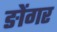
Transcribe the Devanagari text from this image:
ङोंगर